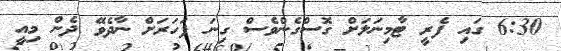
6:30 ގައި ފެރީ ޓާމިނަލަށް ގޮސްގެންވެސް ގިނަ ފަހަރަށް ނާދެވޭ ދެން މިއީ